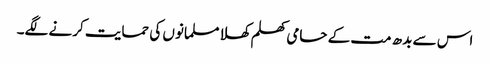
اس سے بدھ مت کے حامی کھلم کھلا مسلمانوں کی حمایت کرنے لگے۔